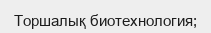
Торшалық биотехнология;